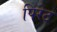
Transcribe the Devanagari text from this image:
पिरेट